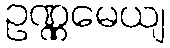
ဥဏ္ဏမေယျ